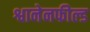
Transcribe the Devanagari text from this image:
श्वानेनफील्ड